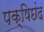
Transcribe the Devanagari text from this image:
पक्षिछंद